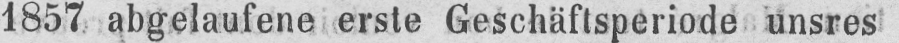
1857 abgelaufene erste Geschäftsperiode unsres